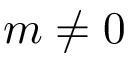
m \neq 0